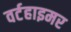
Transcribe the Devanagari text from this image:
वर्टहाइमर